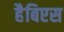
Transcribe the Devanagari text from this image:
हैबिएस